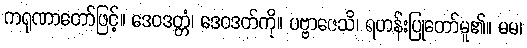
ကရုဏာတော်ဖြင့်။ ဒေဝဒတ္တံ၊ ဒေဝဒတ်ကို။ ပဗ္ဗာဇေသိ၊ ရဟန်းပြုတော်မူ၏။ မမ၊